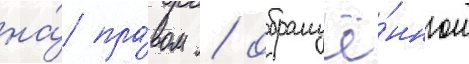
на́ пра́вом / обращё́нном